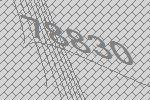
78830